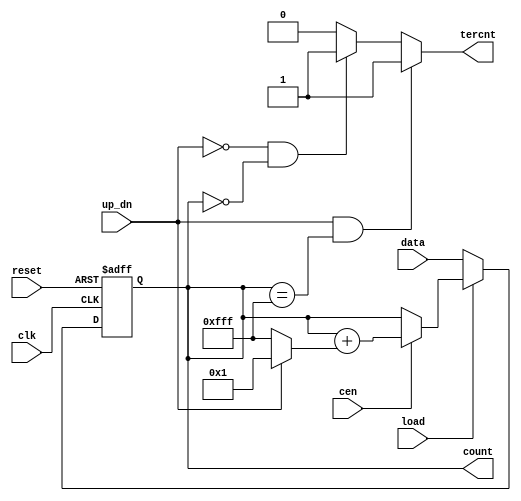
  
//--------------------------------------------------------------------------------------------------
//
// Title       : DW03_updn_ctr
// Design      : DW03_updn_ctr

// Company     : 
//-------------------------------------------------------------------------------------------------
//
// Description : DW03_updn_ctr is a general-purpose binary up-down counter. The counter is width bits 
// wide and has 2 power width states from "000...000" to "111...111", depending on the specified width.
// The counter is clocked on the positive edge of the clk input.
// 
// The counter is loaded with data by asserting load (LOW) and applying data on the data input.
// The data load operation is synchronous with respect to the positive edge of clk.
//-------------------------------------------------------------------------------------------------
module DW03_updn_ctr (
	data,     //Counter load input 
	up_dn,    //High for count up and low for count down
	load,	  //Enable data load to counter, active low
	cen,      //Count enable, active high
	clk,      //Clock
	reset,	  //Counter reset, active low
	count,	  //Output count bus
	tercnt	  //Terminal count flag
	)/* synthesis syn_builtin_du = "weak" */;
	
	parameter width = 12;
	//Input/output declaration
	input 				  cen;   
	input 				  clk;   
	input 				  reset; 
	input 				  up_dn; 
	input 				  load;  
	input [width - 1:0]   data;
	
	output [width - 1:0]  count;
	output                tercnt;
	
	//Internal signal declaration
	wire [width - 1:0] count;  	
	reg [width - 1:0]  bin_out;	
	reg [width - 1:0]  bin_out_r;	
	reg                tercnt;
    wire [width-1:0]   add_bits;

    //Addend or subtrahend based on up_dn control input 
    assign add_bits = up_dn ? {{width-1{1'b0}},1'b1} : {width{1'b1}};
	
	//Counter - combo block
	always @( load or data or add_bits or bin_out_r or cen )
		if (!load)
			bin_out = data;					
		else if (cen)
			bin_out = bin_out_r + add_bits;
		else
			bin_out = bin_out_r;
		
	//Counter - sequential block
	always @(negedge reset or posedge clk )	
		if (!reset)
			bin_out_r <= 0;
		else
			bin_out_r <= bin_out;
	
	//Terminal count implementation
	always @( bin_out_r or up_dn )
		if (up_dn && (bin_out_r == {width{1'b1}}))
			tercnt = 1'b1; 
		else if (!up_dn && (bin_out_r == 0))
			tercnt = 1;
		else
			tercnt = 0;
	 
	assign count = bin_out_r;
		
endmodule